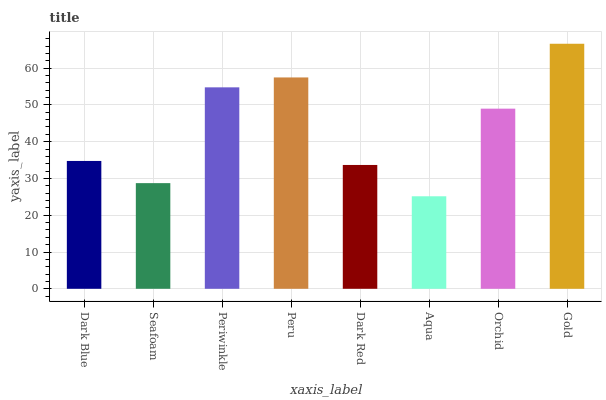
| xaxis_label | bars |
 | --- | --- |
 | Dark Blue | 34.8 |
 | Seafoam | 28.7 |
 | Periwinkle | 54.8 |
 | Peru | 57.5 |
 | Dark Red | 33.7 |
 | Aqua | 25.2 |
 | Orchid | 49 |
 | Gold | 66.6 |